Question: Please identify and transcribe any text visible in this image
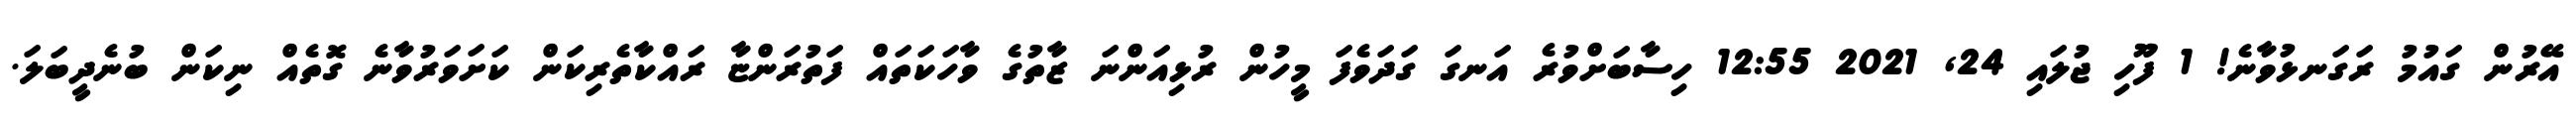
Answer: އޭރުން ގައުމު ރަގަނޅުވާނެ! 1 ފޫހި ޖުލައި 24, 2021 12:55 ހިސާބަށްވުރެ އަނގަ ގަދަވެފަ މީހުން ރުޅިއަންނަ ޒާތުގެ ވާހަކަތައް ފަތުރަންޏާ ރައްކާތެރިކަން ކަށަވަރުވާނެ ގޮތެއް ނިކަން ބުނެދީބަލަ.